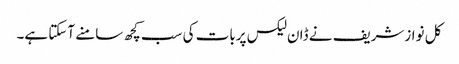
کل نوازشریف نے ڈان لیکس پربات کی سب کچھ سامنے آسکتا ہے۔